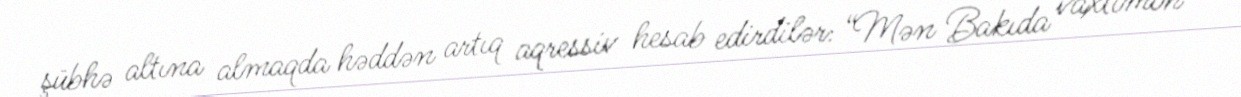
şübhə altına almaqda həddən artıq aqressiv hesab edirdilər: “Mən Bakıda vaxtımın